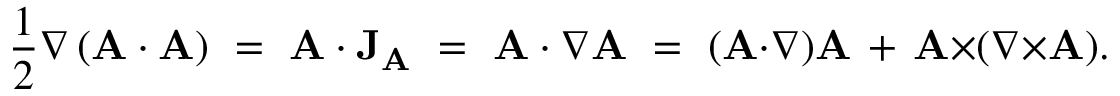
{ \frac { 1 } { 2 } } \nabla \left( \mathbf { A } \cdot \mathbf { A } \right) \ = \ \mathbf { A } \cdot \mathbf { J } _ { \mathbf { A } } \ = \ \mathbf { A } \cdot \nabla \mathbf { A } \ = \ ( \mathbf { A } { \cdot } \nabla ) \mathbf { A } \, + \, \mathbf { A } { \times } ( \nabla { \times } \mathbf { A } ) .